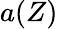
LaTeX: {a}(Z)